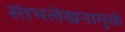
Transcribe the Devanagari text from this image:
स्तंभलेखनामुळे